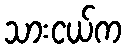
သားငယ်က